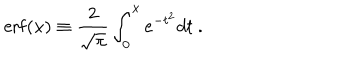
\mathrm { e r f } ( x ) \equiv { \frac { 2 } { \sqrt { \pi } } } \int _ { 0 } ^ { x } e ^ { - t ^ { 2 } } d t \ .